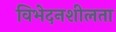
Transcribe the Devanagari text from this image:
विभेदनशीलता